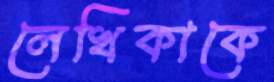
লেখিকাকে